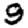
Digit: 9